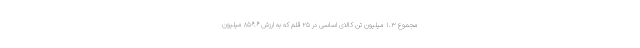
مجموع ۱.۳ میلیون تن کالای اساسی در ۲۵ قلم که به ارزش ۸۵۶.۶ میلیون